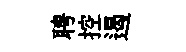
聘控遏